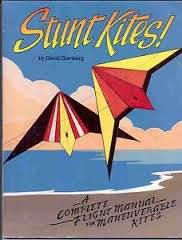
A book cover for Stunt Kites!: A Complete Flight Manual of Maneuverable Kites; David Gomberg; Sports & Outdoors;